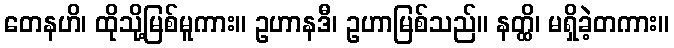
တေနဟိ၊ ထိုသို့မြစ်မူကား။ ဥဟာနဒီ၊ ဥဟာမြစ်သည်။ နတ္ထိ၊ မရှိခဲ့တကား။